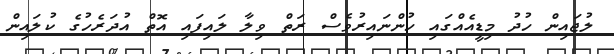
ލުޖައިން ހުދު މިޑީއެއްގައި ހުންނައިރުވެސް ރަތް ވިލާ ލައިފައި އޮތް އުދަރެހުގެ ކުލައިން